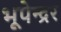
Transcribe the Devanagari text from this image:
भूपेन्‍द्रर